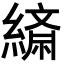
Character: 𦄴